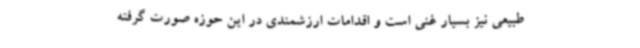
طبیعی نیز بسیار غنی است و اقدامات ارزشمندی در این حوزه صورت گرفته